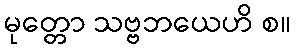
မုတ္တော သဗ္ဗဘယေဟိ စ။